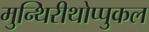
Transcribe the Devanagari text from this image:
मुन्थिरीथोप्पुकल